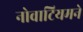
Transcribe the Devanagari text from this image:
नोवाटियमने